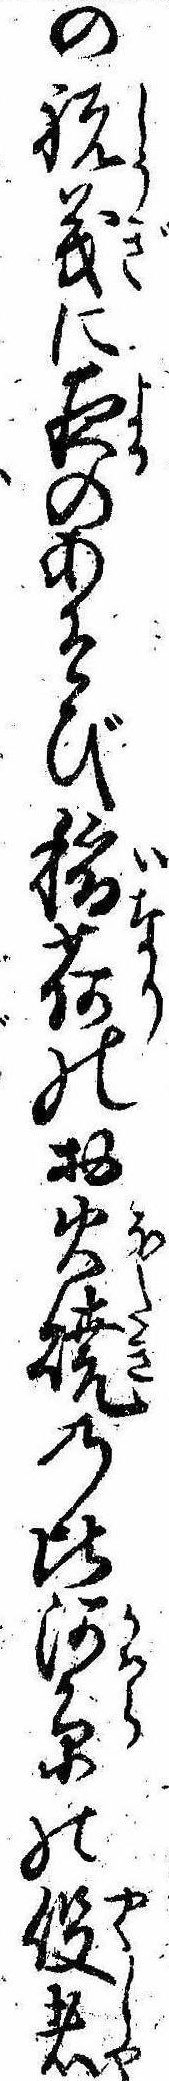
の祝義に夜のあそび稲荷のお火焼の比河原の役者